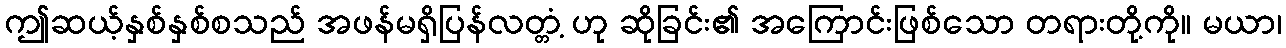
ဤဆယ့်နှစ်နှစ်စသည် အဖန်မရှိပြန်လတ္တံ့ ဟု ဆိုခြင်း၏ အကြောင်းဖြစ်သော တရားတို့ကို။ မယာ၊